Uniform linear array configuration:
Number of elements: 16
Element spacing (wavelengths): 0.75
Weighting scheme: kaiser
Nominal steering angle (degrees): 15
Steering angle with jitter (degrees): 16.54
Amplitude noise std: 0.05
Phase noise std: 0.05

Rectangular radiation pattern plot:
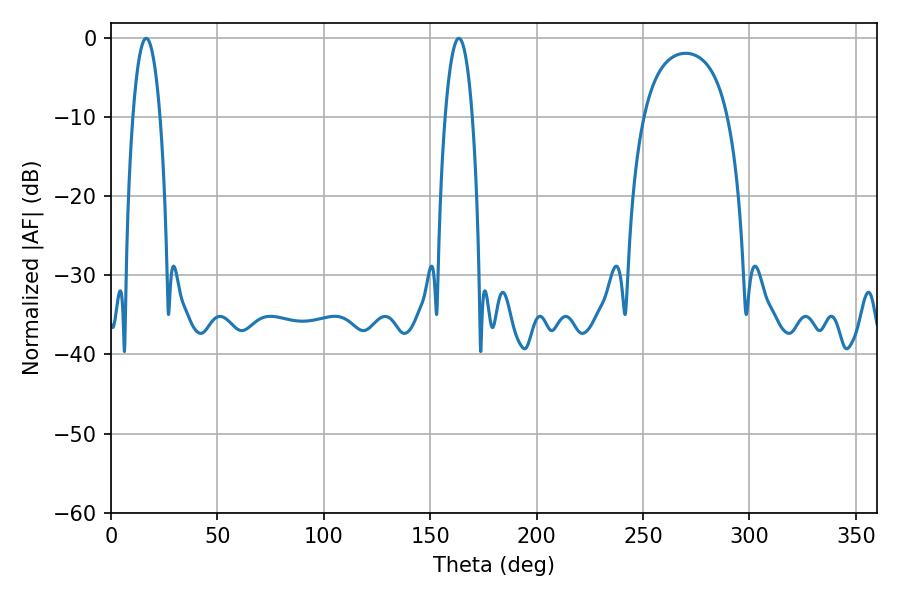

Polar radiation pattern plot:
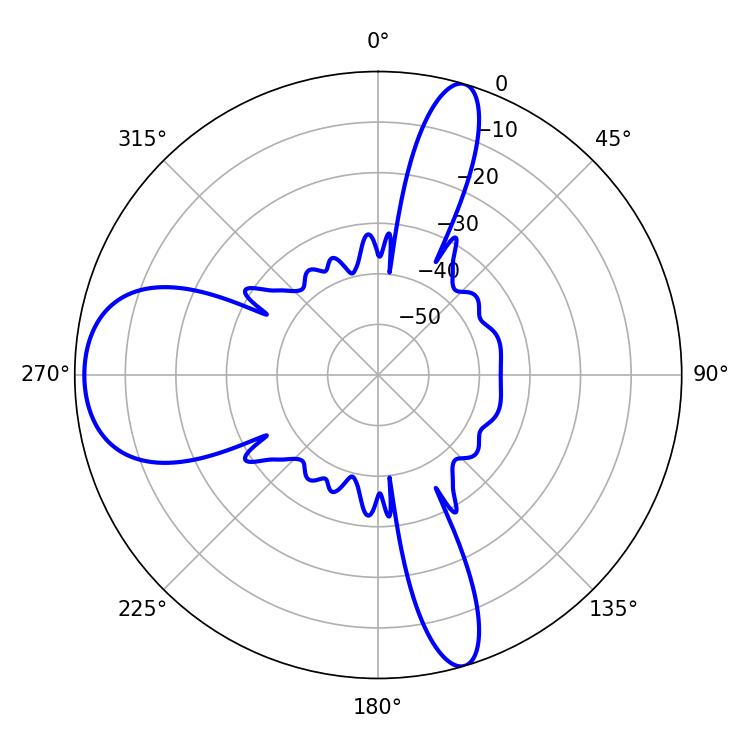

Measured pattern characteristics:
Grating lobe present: TRUE
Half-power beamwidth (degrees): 7.2
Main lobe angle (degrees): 16.56